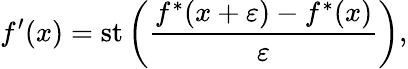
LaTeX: f^{\prime}(x)=\mathrm{st}\left({\frac{f^{*}(x+\varepsilon)-f^{*}(x)}{\varepsilon}}\right),